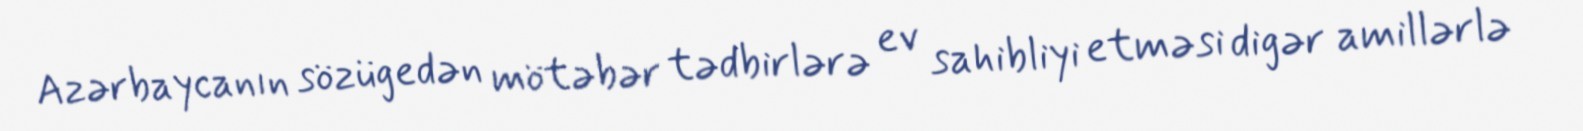
Azərbaycanın sözügedən mötəbər tədbirlərə ev sahibliyi etməsi digər amillərlə